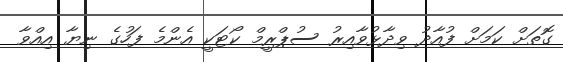
ގޮތަށް ކަމަށް ފުއާދު ވިދާޅުވާއިރު ސުޕްރީމް ކޯޓަކީ އެންމެ ފަހުގެ ނިޔާ އިއްވާ